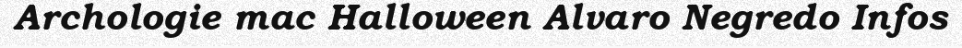
Archologie mac Halloween Alvaro Negredo Infos